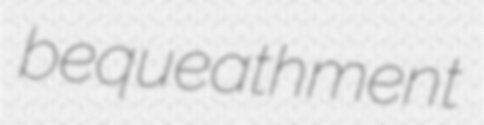
bequeathment